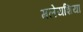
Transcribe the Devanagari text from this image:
मलेयशिया